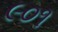
૯૦૧